Rae_vallavalitsus, lk 93
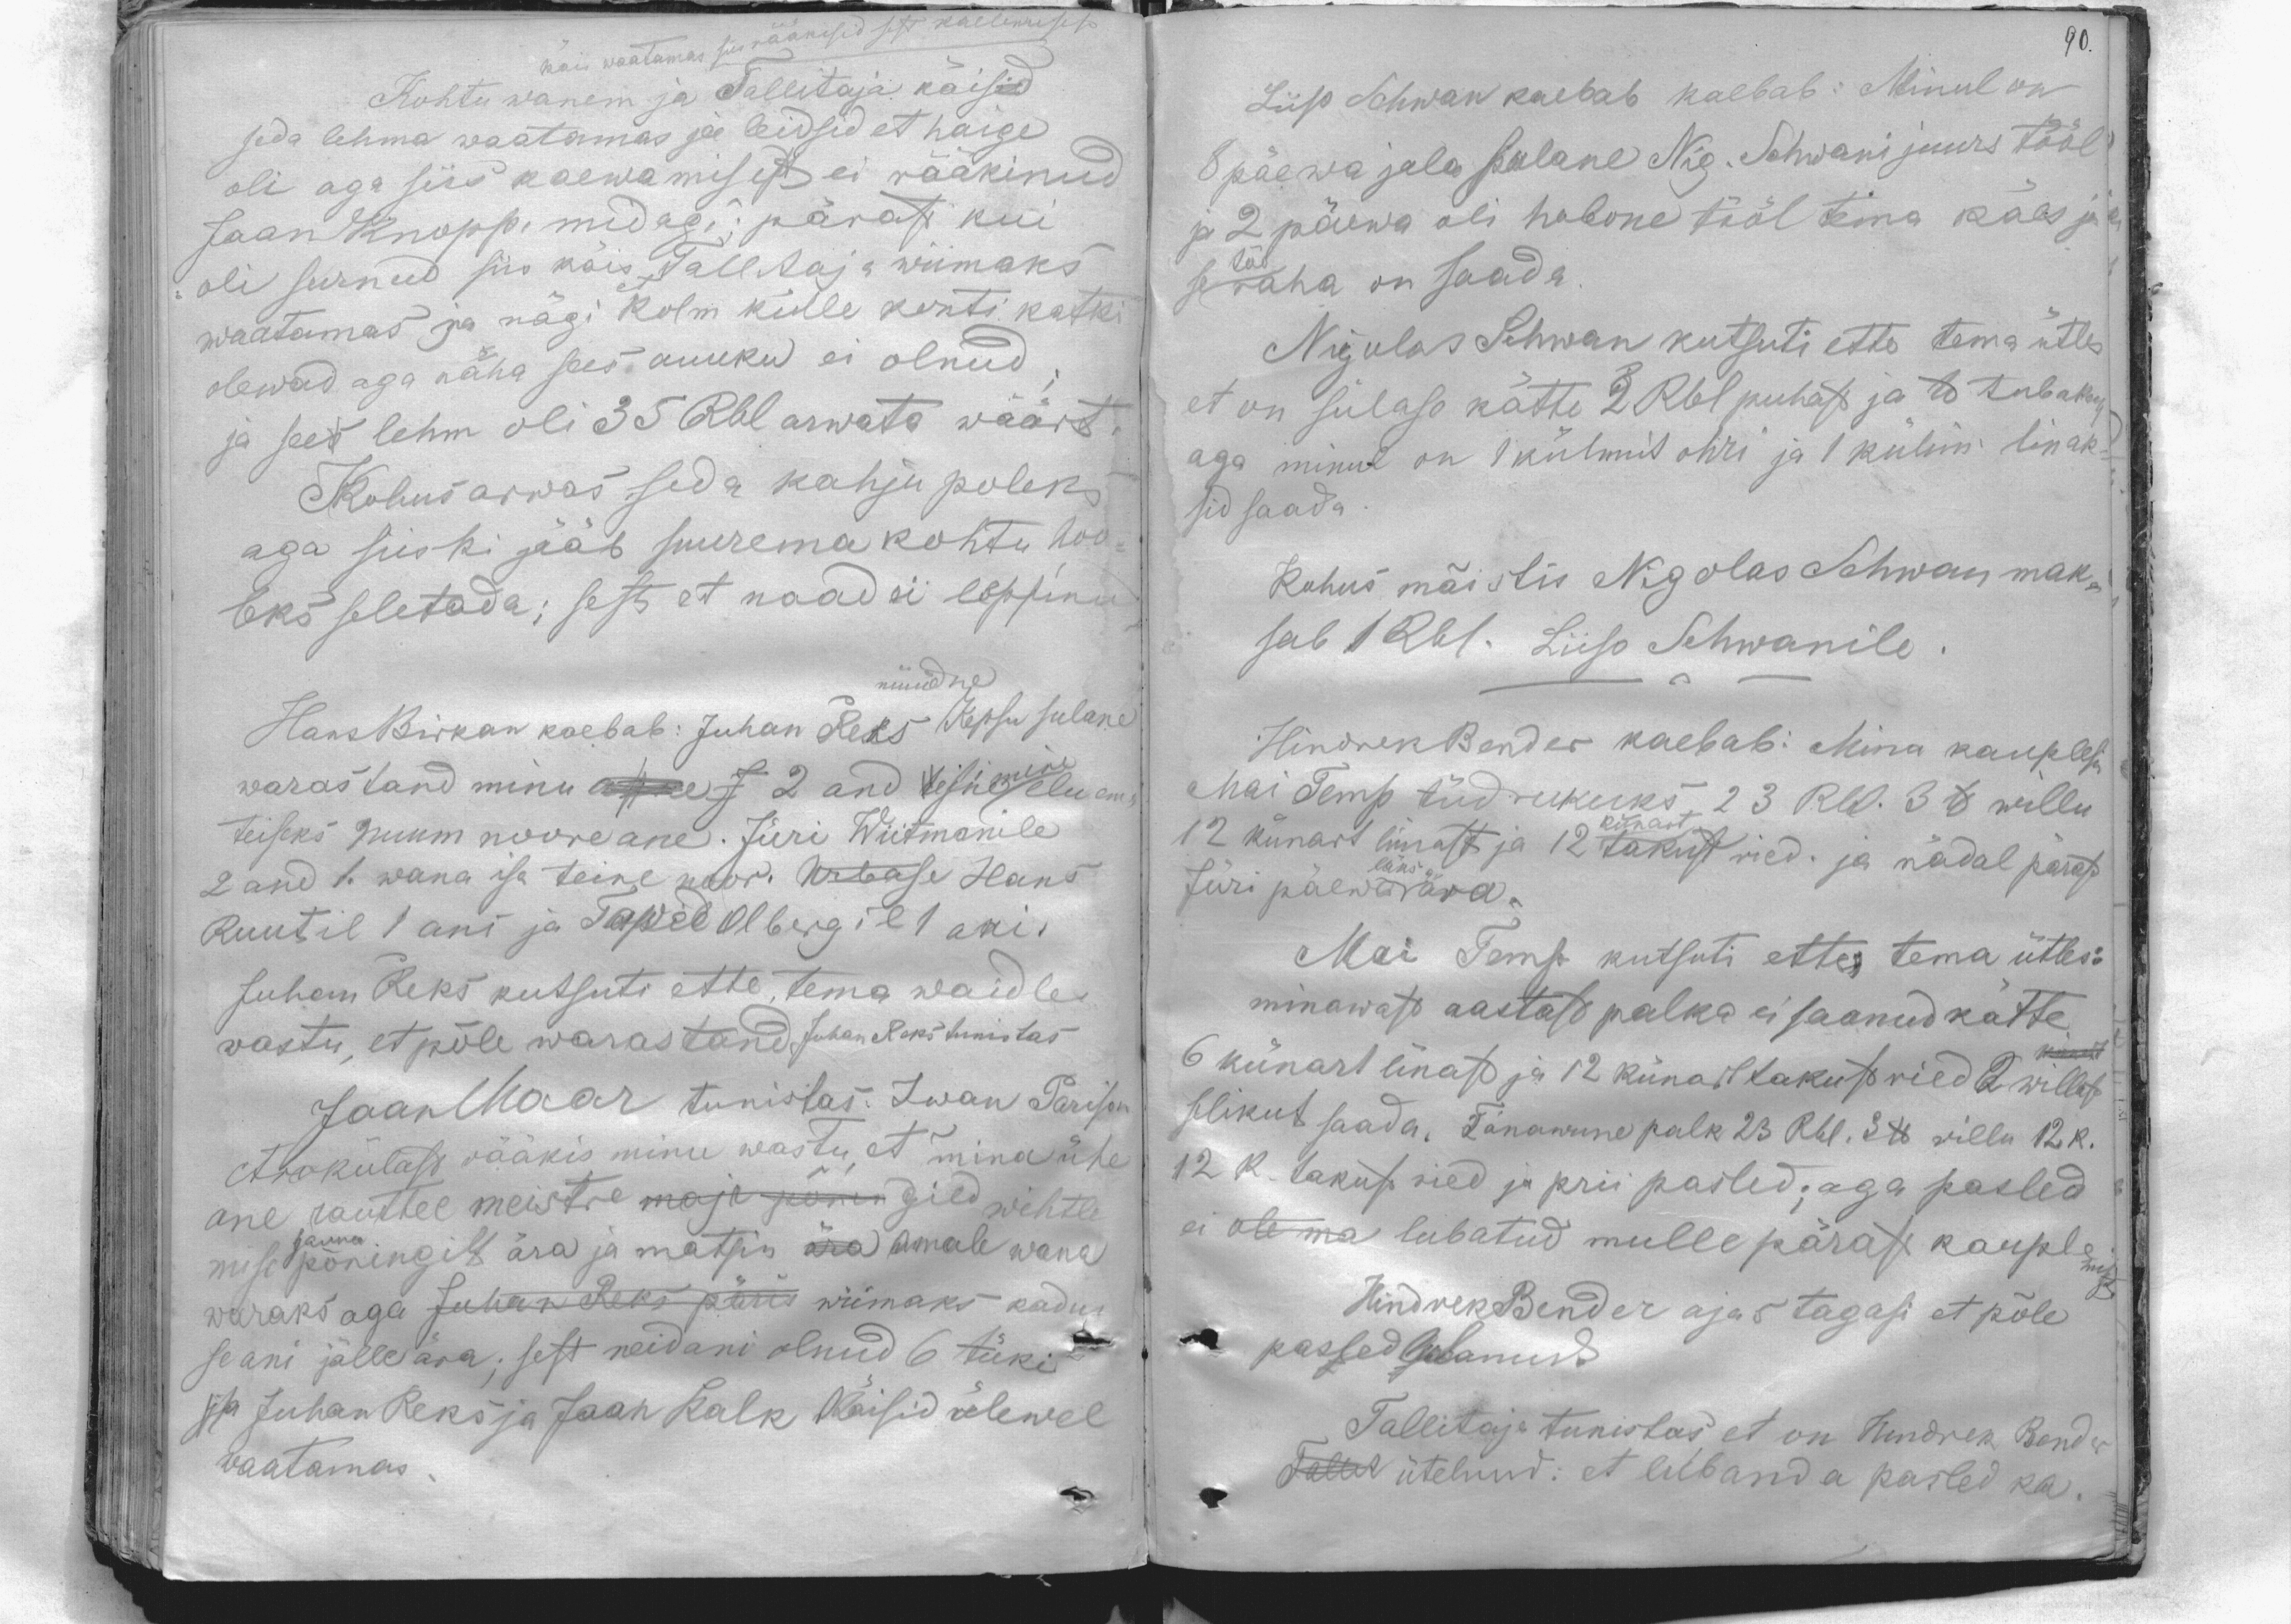
käis waatamas siis rääkisid sest kaelemisest
Kohtu wanem ja Tallitaja käisid
seda lehma waatamas ja leidsid et haige
oli aga siis kaewamisest ei rääkinud
Jaan Knopp, midagi; pärast kui
oli surnud siis käis Tallitaja wiimaks
waatamas ja nägi kolm külle konti katki
olewad aga näha sees auuku ei olnud.
ja see lehm oli 35 Rbl arwata wäärt.
Kohus arwas seda kahju poleks
aga siiski jääb suurema kohtu hoo-
leks seletada; sest et naad ei leppinud
nüüdne
HansBirkan kaebab: Juhan Reks Kepsu sulane
warastand minu asuest 2 and teisinemine elu on
teiseks nuum nooreane. Jüri Wiitmanile
2 and 1. wana isa teine noor. Urbase Hans
Ruutil 1ani ja Tapel Olbergil 1 ani.
Juhan Reks kutsuti ette tema waidles
wastu, et pole warastand Juhan Reks tunistas
Jaan Maar tunistas. Iwan Parison
Arokülast rääkis minu wastu, et mina ühe
ane rauttee meistre maja pönin gild wihtle
mise pöningilt ära ja matsin ära omale wana
sauna
waraks aga Juhan Reks päris wiimaks kadus
se ani jälle ära; sest neid ani olnud 6 tüki
ja Juhan Reks ja Jaan Kalk Käisid ülewel
waatamas

90.
Liiso Schwan kaebab kaebab: Minul on
8 päewa jala sulane Nig. Schwani juurs tööl
ja 2 päewa oli hobone tööl tema käes ja
se tuo raha on saada.
Nigulas Sihwan kutsuti ette tema ütles
et on sulase kätte 2 Rbl puhast ja ts tubakus
aga minul on 1 külemit ohri ja 1 külim. linak-
sid saada.
Kohus mõistis Nigolas Schwan mak-
sab 1 Rbl. Liiso Schwanile
Hindrek Bender kaebab: Mina kauplesin
Mai Temp tüdrukuks, 23 Rbl. ts willu,
12 künart linast ja 12 künart takust ried. ja nädal pärast
Jüri päewa ära.
Mai Temp kutsuti ette, tema ütles:
minawast aastast palka ei saanud kätte.
6 künart linast ja 12 künart takust ried 2 willast
Warrast
selikut saada. Tänawune palk 23 Rbl. 3 ts villu 12 R.
12 k. takust ried ja prii pasled; aga pasled
ei ole ma lubatud mulle pärast kauplemist
Hindrek Bender ajas tagasi et põle
pasled lubanud
Tallitaja tunistas, et on Hendrek Bender
Talut ütelnud: et luband a pasled ka.